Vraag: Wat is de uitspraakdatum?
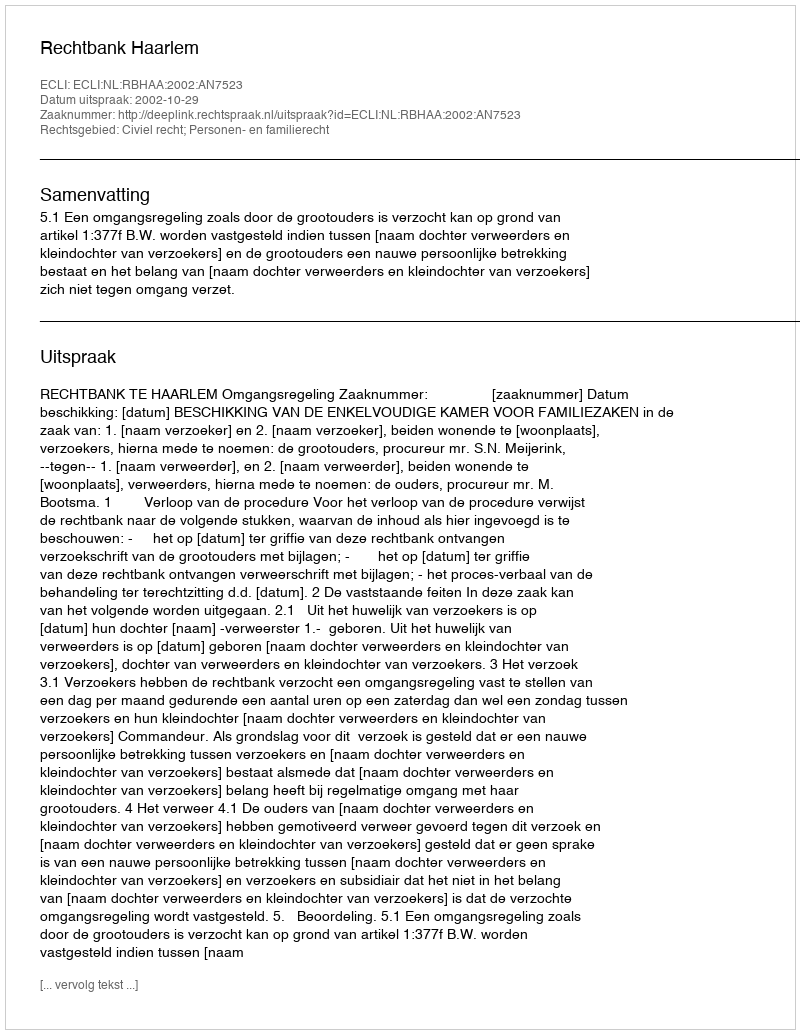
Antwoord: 2002-10-29